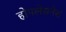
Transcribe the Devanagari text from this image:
होपलेसनेस